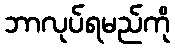
ဘာလုပ်ရမည်ကို